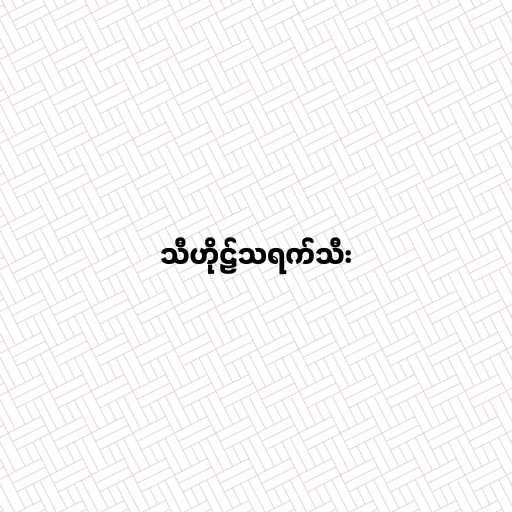
သီဟိုဠ်သရက်သီး